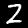
Label: 2